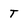
Character: T